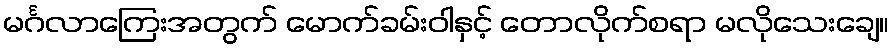
မင်္ဂလာကြေးအတွက် မောက်ခမ်းဝါနှင့် တောလိုက်စရာ မလိုသေးချေ။